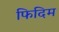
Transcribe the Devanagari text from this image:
फिदिम